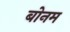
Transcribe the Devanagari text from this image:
बोनम